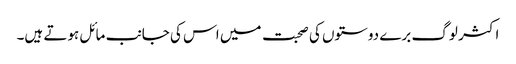
اکثر لوگ برے دوستوں کی صحبت میں اس کی جانب مائل ہوتے ہیں۔